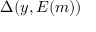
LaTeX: \Delta ( y , E ( m ) )